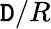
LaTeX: \mathtt{D}/R